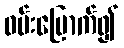
ဝမ်းမြောက်၍